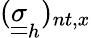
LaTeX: (\underline{{\underline{{\sigma}}}}_{h})_{nt,x}